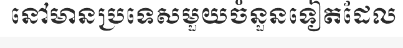
នៅមានប្រទេសមួយចំនួនទៀតដែល